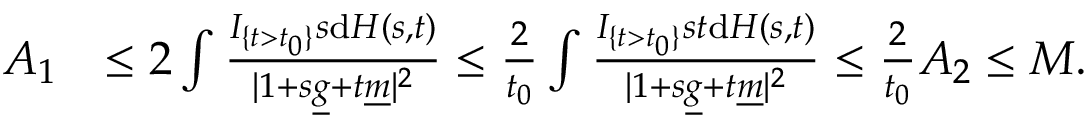
\begin{array} { r l } { A _ { 1 } } & { \le 2 \int \frac { I _ { \{ t > t _ { 0 } \} } s \mathrm { d } H ( s , t ) } { \vert 1 + s \underline { { g } } + t \underline { { m } } \vert ^ { 2 } } \le \frac 2 { t _ { 0 } } \int \frac { I _ { \{ t > t _ { 0 } \} } s t \mathrm { d } H ( s , t ) } { \vert 1 + s \underline { { g } } + t \underline { { m } } \vert ^ { 2 } } \le \frac 2 { t _ { 0 } } A _ { 2 } \le M . } \end{array}